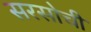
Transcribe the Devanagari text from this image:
सरसोची